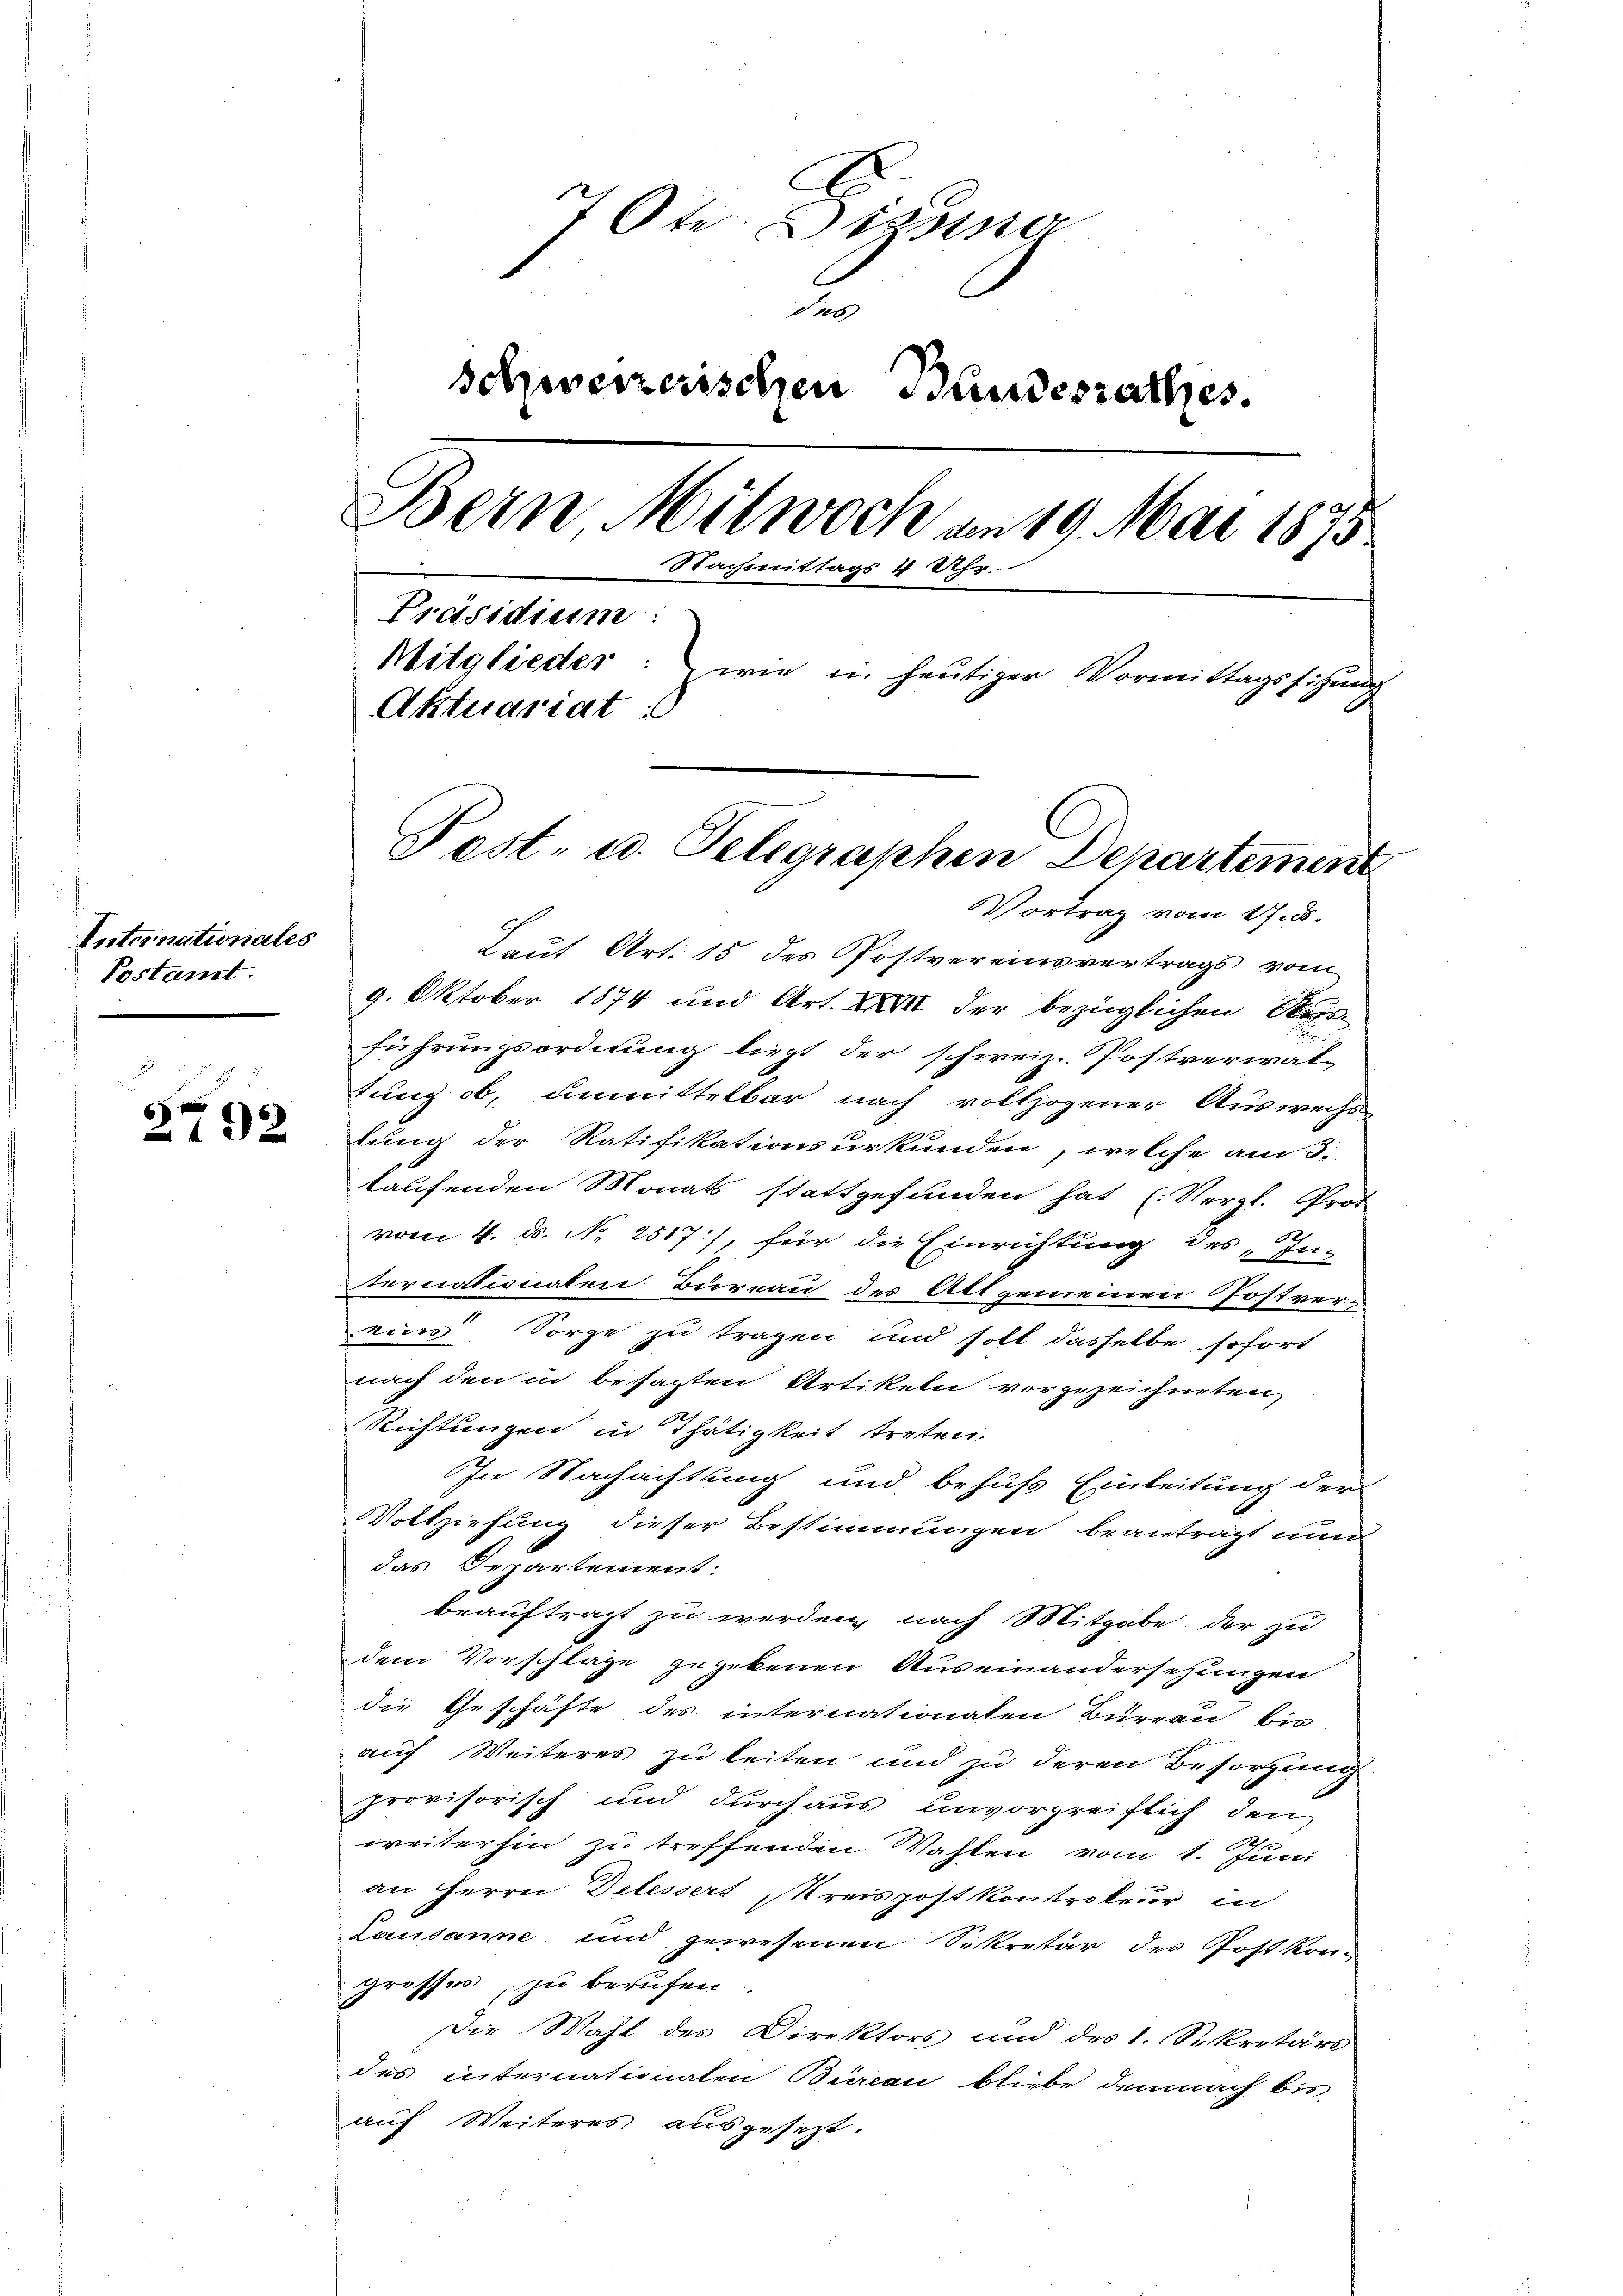
Internationales
Postamt.

2792

7Ote. Dienner
d
Schweizerischen Handesrathes.
Bern Mitwoch am 19. Mai 1875
Nachmittags 4 Uhr.
Präsidium:
Mitglieder:
wie in heutiger Vormittagssitzung
Aktuariat
Post- u. Telegraphen Departement

VVortrag vom 17. d.

Laut Art. 15 des Postvereinsvertrags vom
9. Oktober 1874 und Art. XXVII der bezüglichen Aus-
führungsordnung liegt der schweiz. Postverirat
tung ob, unmittelbar nach vollzogener Auswechs
tung der Ratifikationsurkunden, welche am 8.
laufenden Monats stattgefunden hat (Vergl. Prof
vom 4. ds. N. 2517), für die Einrichtung des „In-
ternationalen Bureau des Allgemeinen Postvereine Sorge zu tragen und soll dasselbe, sofort
nach den in besagten Artikeln vorgezeichneten
Richtungen in Thätigkeit treten.
In Nachachtung und behufs Einleitung der
Vollziehung dieser Bestimmungen beanträgt nun
das Departement:
beauftragt zu werden, nach Mitgabe der zu
dem Vorschläge gegebenen Auseinandersezungen
die Geschäfte des internationaten Bureau bis
auf Weiteres zu leiten und zu deren Besorgung
provisorisch und durchaus unvorgreiflich den
weiterhin zu treffenden Wahlen vom 1. Juni
an Herrn Delessert Kreispost Kontrokeur in
Lausanne und gewesenen Sekretär des Postkre-
gresses, zu berufen.
Die Wahl des Direktors und des 1. Sekretärs
des internationalen Bureau bliebe demnach bis
auf Weiteres ausgesezt.